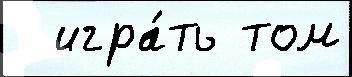
  игра́ть том